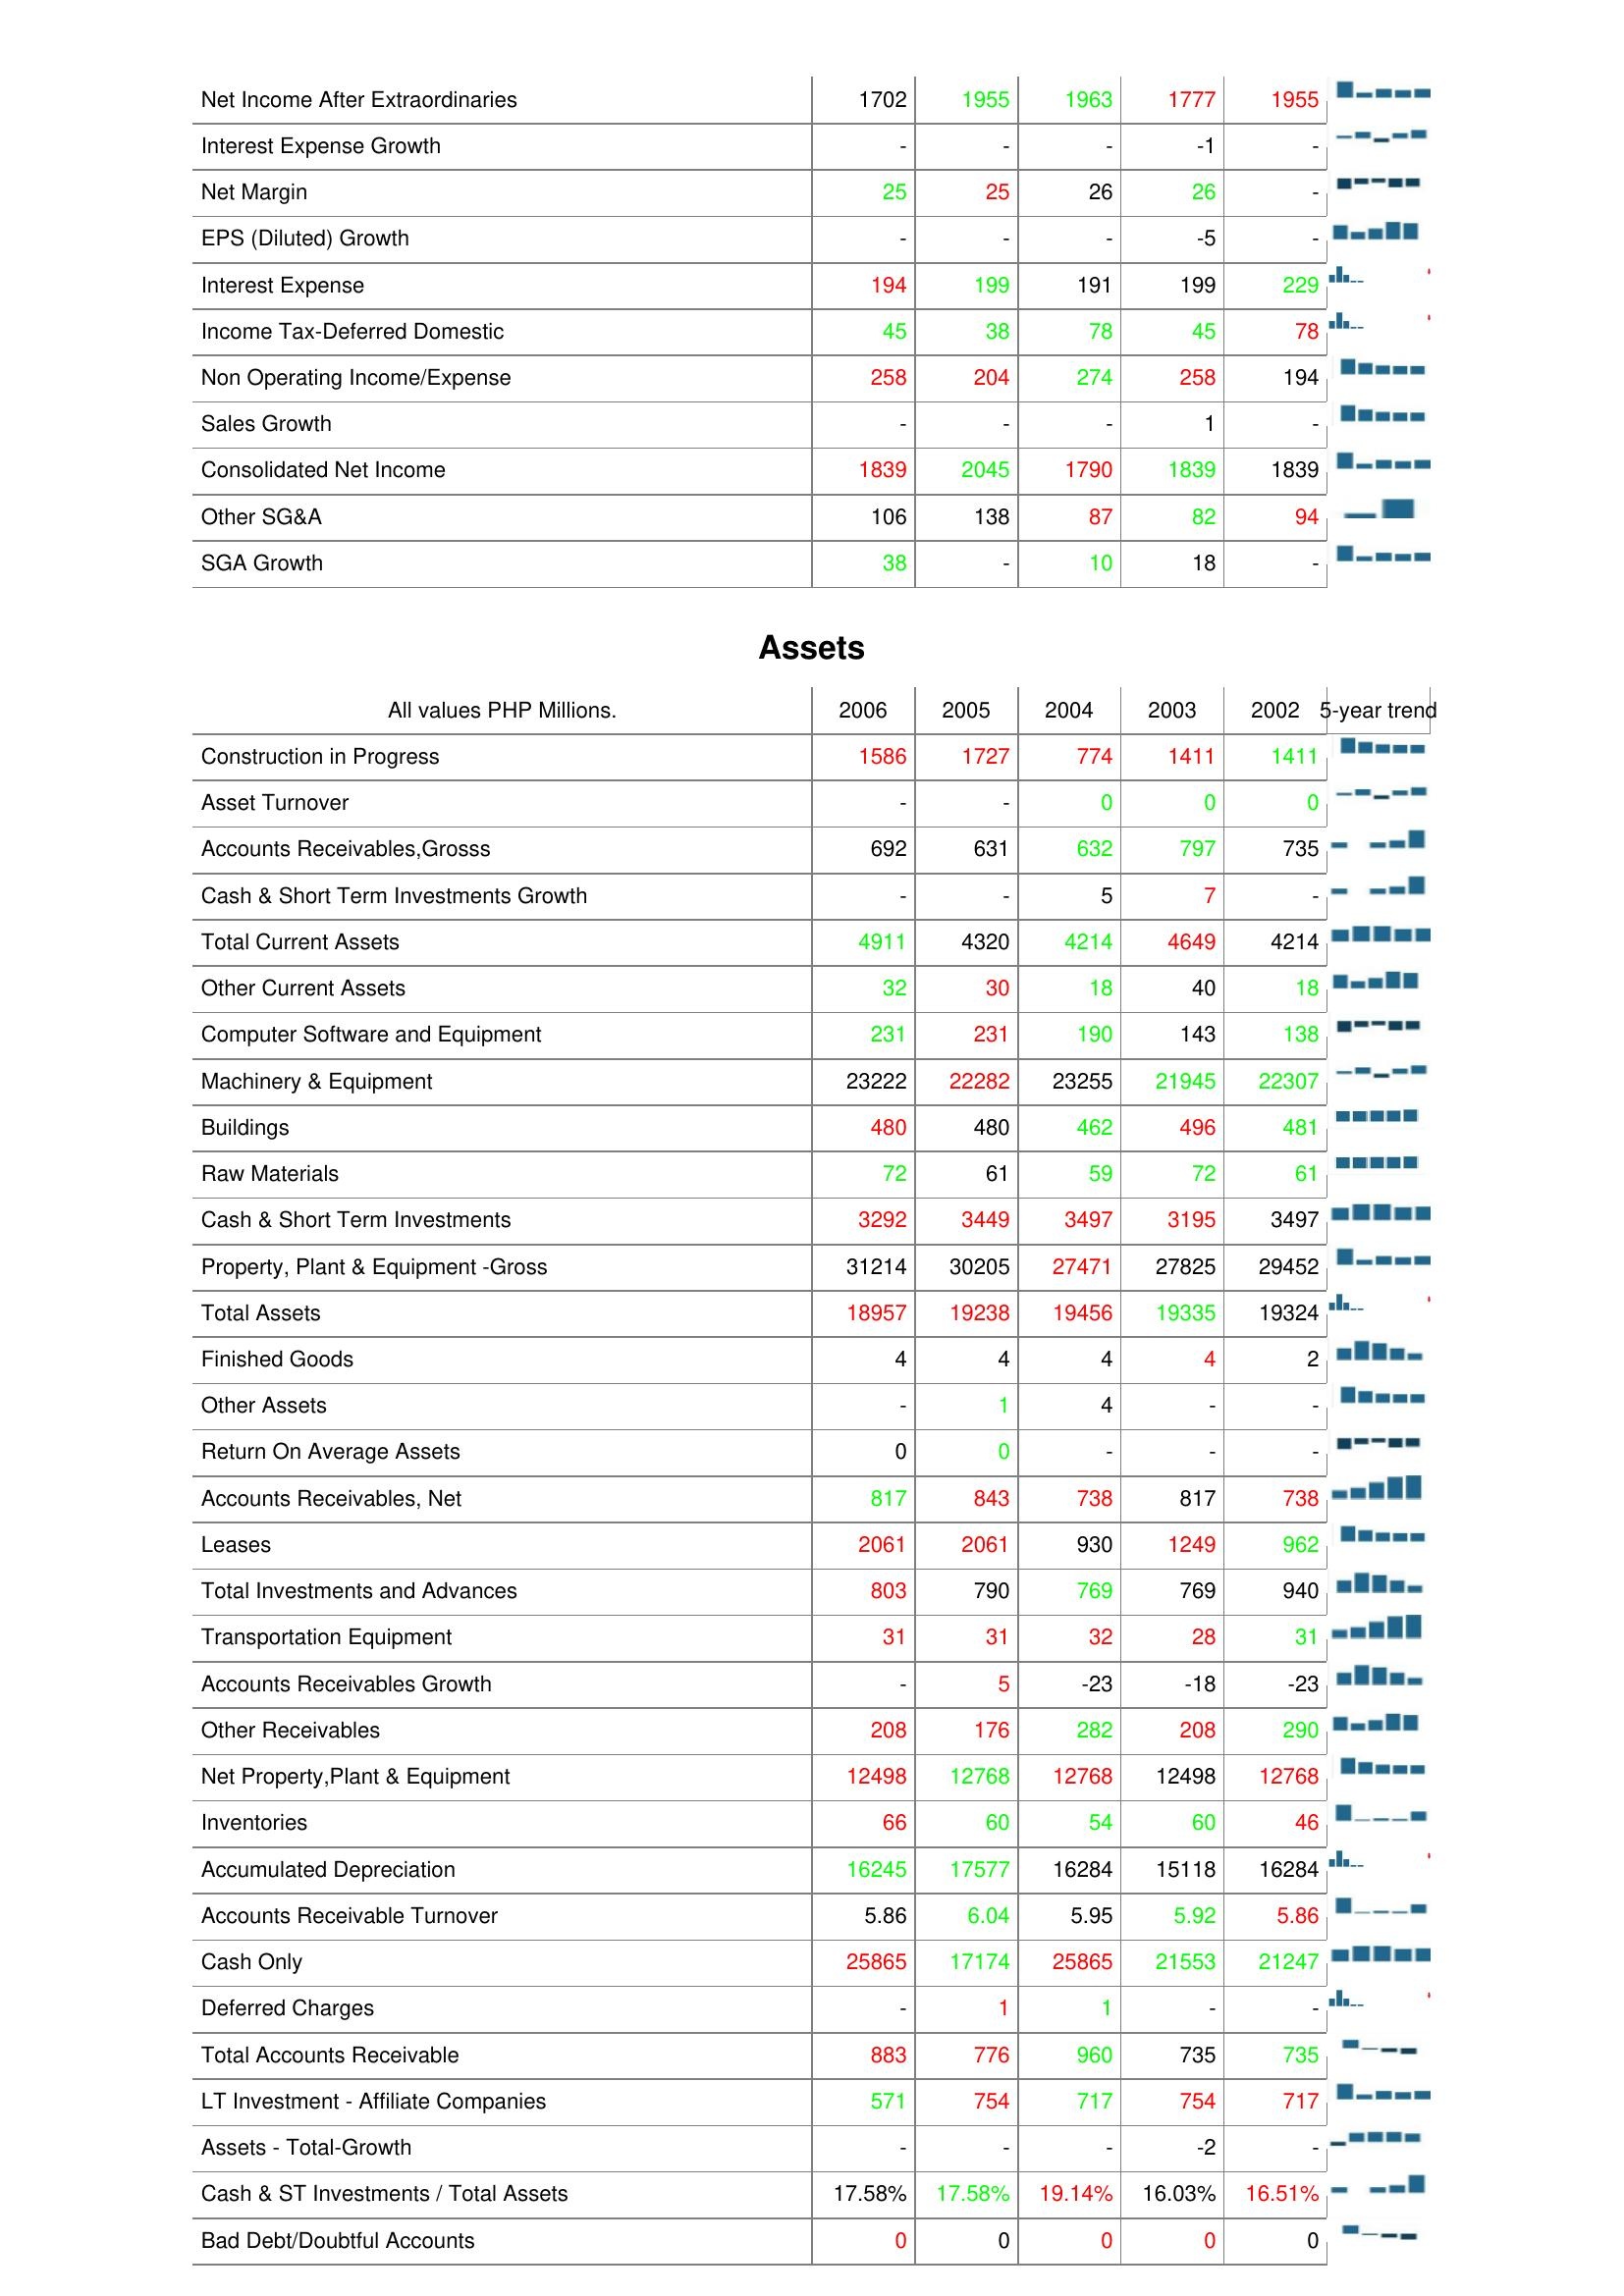
2006: : Net Income After Extraordinaries: 1702
Interest Expense Growth: -
Net Margin: 25
EPS (Diluted) Growth: -
Interest Expense: 194
Income Tax-Deferred Domestic: 45
Non Operating Income/Expense: 258
Sales Growth: -
Consolidated Net Income: 1839
Other SG&A: 106
SGA Growth: 38
Assets: Construction in Progress: 1586
Asset Turnover: -
Accounts Receivables,Grosss: 692
Cash & Short Term Investments Growth: -
Total Current Assets: 4911
Other Current Assets: 32
Computer Software and Equipment: 231
Machinery & Equipment: 23222
Buildings: 480
Raw Materials: 72
Cash & Short Term Investments: 3292
Property, Plant & Equipment -Gross: 31214
Total Assets: 18957
Finished Goods: 4
Other Assets: -
Return On Average Assets: 0
Accounts Receivables, Net: 817
Leases: 2061
Total Investments and Advances: 803
Transportation Equipment: 31
Accounts Receivables Growth: -
Other Receivables: 208
Net Property,Plant & Equipment: 12498
Inventories: 66
Accumulated Depreciation: 16245
Accounts Receivable Turnover: 5.86
Cash Only: 25865
Deferred Charges: -
Total Accounts Receivable: 883
LT Investment - Affiliate Companies: 571
Assets - Total-Growth: -
Cash & ST Investments / Total Assets: 17.58%
Bad Debt/Doubtful Accounts: 0
2005: : Net Income After Extraordinaries: 1955
Interest Expense Growth: -
Net Margin: 25
EPS (Diluted) Growth: -
Interest Expense: 199
Income Tax-Deferred Domestic: 38
Non Operating Income/Expense: 204
Sales Growth: -
Consolidated Net Income: 2045
Other SG&A: 138
SGA Growth: -
Assets: Construction in Progress: 1727
Asset Turnover: -
Accounts Receivables,Grosss: 631
Cash & Short Term Investments Growth: -
Total Current Assets: 4320
Other Current Assets: 30
Computer Software and Equipment: 231
Machinery & Equipment: 22282
Buildings: 480
Raw Materials: 61
Cash & Short Term Investments: 3449
Property, Plant & Equipment -Gross: 30205
Total Assets: 19238
Finished Goods: 4
Other Assets: 1
Return On Average Assets: 0
Accounts Receivables, Net: 843
Leases: 2061
Total Investments and Advances: 790
Transportation Equipment: 31
Accounts Receivables Growth: 5
Other Receivables: 176
Net Property,Plant & Equipment: 12768
Inventories: 60
Accumulated Depreciation: 17577
Accounts Receivable Turnover: 6.04
Cash Only: 17174
Deferred Charges: 1
Total Accounts Receivable: 776
LT Investment - Affiliate Companies: 754
Assets - Total-Growth: -
Cash & ST Investments / Total Assets: 17.58%
Bad Debt/Doubtful Accounts: 0
2004: : Net Income After Extraordinaries: 1963
Interest Expense Growth: -
Net Margin: 26
EPS (Diluted) Growth: -
Interest Expense: 191
Income Tax-Deferred Domestic: 78
Non Operating Income/Expense: 274
Sales Growth: -
Consolidated Net Income: 1790
Other SG&A: 87
SGA Growth: 10
Assets: Construction in Progress: 774
Asset Turnover: 0
Accounts Receivables,Grosss: 632
Cash & Short Term Investments Growth: 5
Total Current Assets: 4214
Other Current Assets: 18
Computer Software and Equipment: 190
Machinery & Equipment: 23255
Buildings: 462
Raw Materials: 59
Cash & Short Term Investments: 3497
Property, Plant & Equipment -Gross: 27471
Total Assets: 19456
Finished Goods: 4
Other Assets: 4
Return On Average Assets: -
Accounts Receivables, Net: 738
Leases: 930
Total Investments and Advances: 769
Transportation Equipment: 32
Accounts Receivables Growth: -23
Other Receivables: 282
Net Property,Plant & Equipment: 12768
Inventories: 54
Accumulated Depreciation: 16284
Accounts Receivable Turnover: 5.95
Cash Only: 25865
Deferred Charges: 1
Total Accounts Receivable: 960
LT Investment - Affiliate Companies: 717
Assets - Total-Growth: -
Cash & ST Investments / Total Assets: 19.14%
Bad Debt/Doubtful Accounts: 0
2003: : Net Income After Extraordinaries: 1777
Interest Expense Growth: -1
Net Margin: 26
EPS (Diluted) Growth: -5
Interest Expense: 199
Income Tax-Deferred Domestic: 45
Non Operating Income/Expense: 258
Sales Growth: 1
Consolidated Net Income: 1839
Other SG&A: 82
SGA Growth: 18
Assets: Construction in Progress: 1411
Asset Turnover: 0
Accounts Receivables,Grosss: 797
Cash & Short Term Investments Growth: 7
Total Current Assets: 4649
Other Current Assets: 40
Computer Software and Equipment: 143
Machinery & Equipment: 21945
Buildings: 496
Raw Materials: 72
Cash & Short Term Investments: 3195
Property, Plant & Equipment -Gross: 27825
Total Assets: 19335
Finished Goods: 4
Other Assets: -
Return On Average Assets: -
Accounts Receivables, Net: 817
Leases: 1249
Total Investments and Advances: 769
Transportation Equipment: 28
Accounts Receivables Growth: -18
Other Receivables: 208
Net Property,Plant & Equipment: 12498
Inventories: 60
Accumulated Depreciation: 15118
Accounts Receivable Turnover: 5.92
Cash Only: 21553
Deferred Charges: -
Total Accounts Receivable: 735
LT Investment - Affiliate Companies: 754
Assets - Total-Growth: -2
Cash & ST Investments / Total Assets: 16.03%
Bad Debt/Doubtful Accounts: 0
2002: : Net Income After Extraordinaries: 1955
Interest Expense Growth: -
Net Margin: -
EPS (Diluted) Growth: -
Interest Expense: 229
Income Tax-Deferred Domestic: 78
Non Operating Income/Expense: 194
Sales Growth: -
Consolidated Net Income: 1839
Other SG&A: 94
SGA Growth: -
Assets: Construction in Progress: 1411
Asset Turnover: 0
Accounts Receivables,Grosss: 735
Cash & Short Term Investments Growth: -
Total Current Assets: 4214
Other Current Assets: 18
Computer Software and Equipment: 138
Machinery & Equipment: 22307
Buildings: 481
Raw Materials: 61
Cash & Short Term Investments: 3497
Property, Plant & Equipment -Gross: 29452
Total Assets: 19324
Finished Goods: 2
Other Assets: -
Return On Average Assets: -
Accounts Receivables, Net: 738
Leases: 962
Total Investments and Advances: 940
Transportation Equipment: 31
Accounts Receivables Growth: -23
Other Receivables: 290
Net Property,Plant & Equipment: 12768
Inventories: 46
Accumulated Depreciation: 16284
Accounts Receivable Turnover: 5.86
Cash Only: 21247
Deferred Charges: -
Total Accounts Receivable: 735
LT Investment - Affiliate Companies: 717
Assets - Total-Growth: -
Cash & ST Investments / Total Assets: 16.51%
Bad Debt/Doubtful Accounts: 0